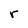
Character: r